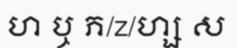
ហ ឬ ភ/z/ហ្ស ស